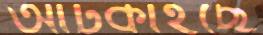
আটকাইছে